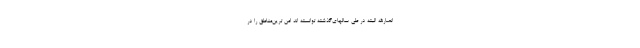
انصارالله البته در طی سالهای‌گذشته توانسته اند امن ترین‌مناطق را در